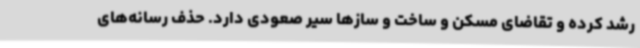
رشد کرده و تقاضای مسکن و ساخت و سازها سیر صعودی دارد. حذف رسانه‌های